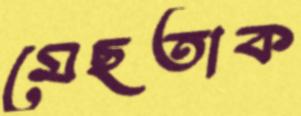
মেছতাক